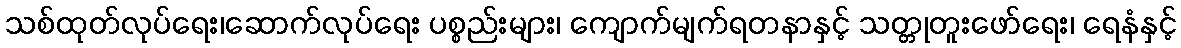
သစ်ထုတ်လုပ်ရေး၊ဆောက်လုပ်ရေး ပစ္စည်းများ၊ ကျောက်မျက်ရတနာနှင့် သတ္တုတူးဖော်ရေး၊ ရေနံနှင့်